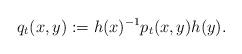
LaTeX: \begin{align*}q_t(x,y) := h(x)^{-1} p_t(x,y) h(y).\end{align*}